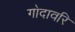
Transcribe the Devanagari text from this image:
गोदावरि